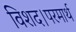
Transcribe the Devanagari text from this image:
विशद।परमार्थ